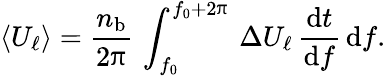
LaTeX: \left\langle U_{\ell}\right\rangle=\frac{n_{\mathrm{b}}}{2\uppi}\, \int_{f_{0}}^{f_{0}+2\uppi}\, \Delta U_{\ell}\, \frac{{{\textrm{d}}}{t}}{{{\textrm{d}}}{f}}\, \mathrm{d}f.